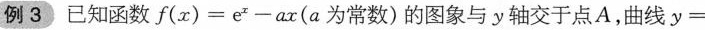
例3已知函数$$f ( x ) = e ^ { x } - a x $$(a为常数)的图象与y轴交于点A，曲线$$y =